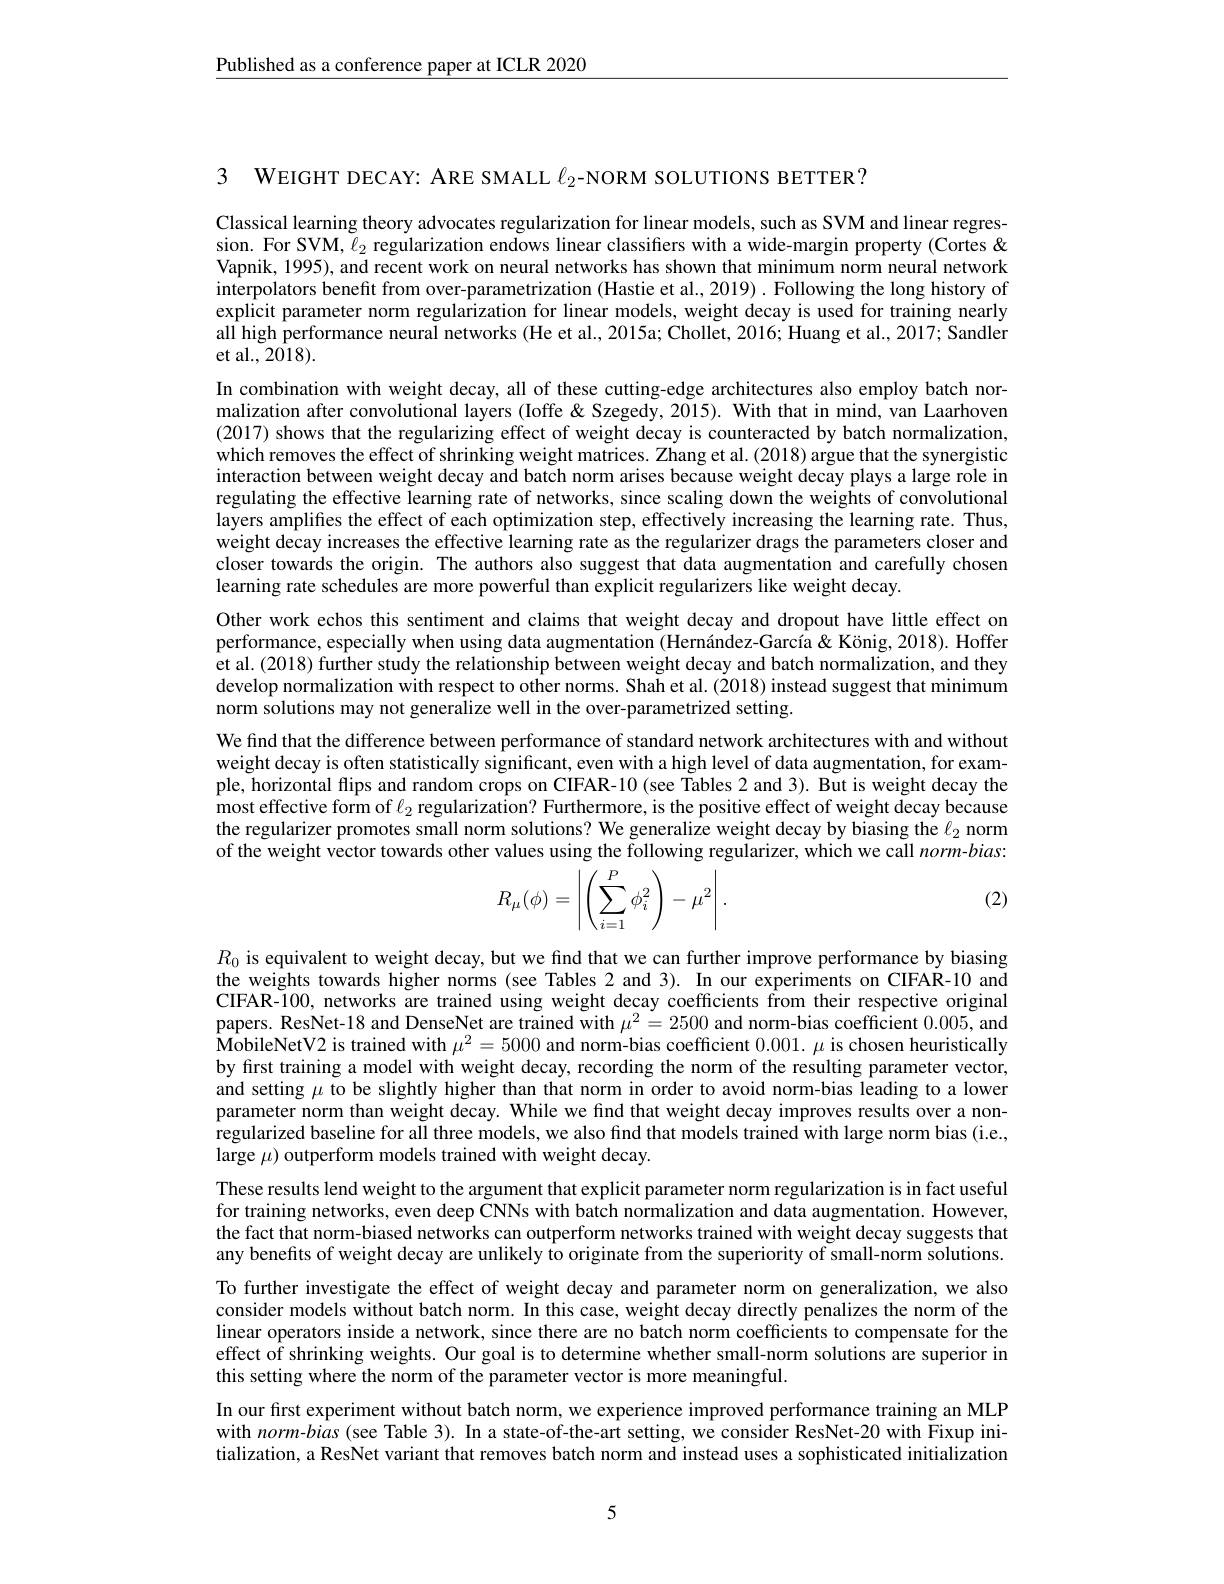
$\underline{\text{Published as a conference paper at ICLR 2020}}$

3 WEIGHT DECAY: ARE SMALL $\ell_{2}$-NORM SOLUTIONS BETTER?

Classical learning theory advocates regularization for linear models, such as SVM and linear regression. For SVM, $\ell_2$ regularization endows linear classifiers with a wide-margin property (Cortes& Vapnik, 1995), and recent work on neural networks has shown that minimum norm neural network interpolators benefit from over-parametrization (Hastie et al., 2019) . Following the long history of explicit parameter norm regularization for linear models, weight decay is used for training nearly all high performance neural networks (He et al., 2015a; Chollet, 2016; Huang et al., 2017; Sandler et al., 2018).
In combination with weight decay, all of these cutting-edge architectures also employ batch normalization after convolutional layers (Ioffe&Szegedy, 2015). With that in mind, van Laarhoven (2017) shows that the regularizing effect of weight decay is counteracted by batch normalization, which removes the effect of shrinking weight matrices. Zhang et al. (2018) argue that the synergistic interaction between weight decay and batch norm arises because weight decay plays a large role in regulating the effective learning rate of networks, since scaling down the weights of convolutional layers amplifes the effect of each optimization step, effectively increasing the learning rate. Thus, weight decay increases the effective learning rate as the regularizer drags the parameters closer and closer towards the origin. The authors also suggest that data augmentation and carefully chosen learning rate schedules are more powerful than explicit regularizers like weight decay.
Other work echos this sentiment and claims that weight decay and dropout have little effect on performance, especially when using data augmentation (Hernández-García & König, 2018). Hoffer $\hat{\text{et al.(2018) further study the relationship between weight decay and batch normalization, and they}}$ develop normalization with respect to other norms. Shah et al. (2018) instead suggest that minimum norm solutions may not generalize well in the over-parametrized setting.
We find that the difference between performance of standard network architectures with and without weight decay is often statistically significant, even with a high level of data augmentation, for example, horizontal flips and random crops on CIFAR-10 (see Tables 2 and 3). But is weight decay the most effective form of $\ell_2$ regularization? Furthermore, is the positive effect of weight decay because the regularizer promotes small norm solutions? We generalize weight decay by biasing the $\ell_{2}$ norm of the weight vector towards other values using the following regularizer, which we call $norm-bias:$
$$R_\mu(\phi)=\left|\left(\sum_{i=1}^P\phi_i^2\right)-\mu^2\right|.$$
(2)

$R_0$ is equivalent to weight decay, but we find that we can further improve performance by biasing the weights towards higher norms (see Tables 2 and 3). In our experiments on CIFAR-10 and CIFAR-100, networks are trained using weight decay coefficients from their respective original papers. ResNet-18 and DenseNet are trained with $\mu^{2}=2500$ and norm-bias coefficient 0.005, and MobileNetV2 is trained with $\mu^2=5000$ and norm-bias coefficient $0.001.\mu$ is chosen heuristically by first training a model with weight decay, recording the norm of the resulting parameter vector, and setting $\mu$ to be slightly higher than that norm in order to avoid norm-bias leading to a lowen parameter norm than weight decay. While we find that weight decay improves results over a nonregularized baseline for all three models, we also find that models trained with large norm bias (i.e., large $\mu)$ outperform models trained with weight decay.

These results lend weight to the argument that explicit parameter norm regularization is in fact useful for training networks, even deep CNNs with batch normalization and data augmentation. However, the fact that norm-biased networks can outperform networks trained with weight decay suggests that any benefits of weight decay are unlikely to originate from the superiority of small-norm solutions. To further investigate the effect of weight decay and parameter norm on generalization, we also consider models without batch norm. In this case, weight decay directly penalizes the norm of the linear operators inside a network, since there are no batch norm coefficients to compensate for the effect of shrinking weights. Our goal is to determine whether small-norm solutions are superior in this setting where the norm of the parameter vector is more meaningful.
In our first experiment without batch norm, we experience improved performance training an MLP with norm-bias (see Table 3). In a state-of-the-art setting, we consider ResNet-20 with Fixup initialization, a ResNet variant that removes batch norm and instead uses a sophisticated initialization

5